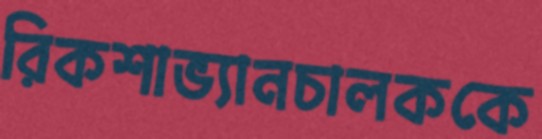
রিকশাভ্যানচালককে